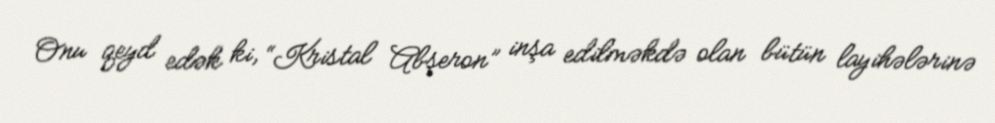
Onu qeyd edək ki, “Kristal Abşeron” inşa edilməkdə olan bütün layihələrinə